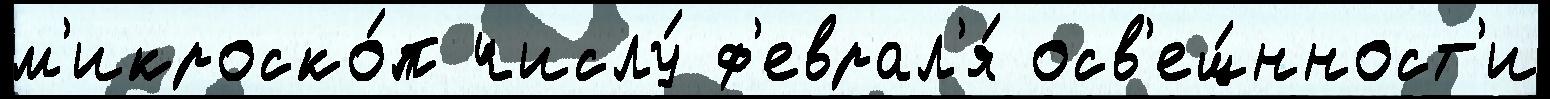
м'икроско́п числу́ ф'еврал'я́ осв'ещ́нност'и